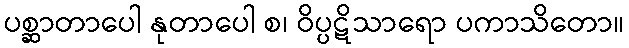
ပစ္ဆာတာပေါ နုတာပေါ စ၊ ဝိပ္ပဋိသာရော ပကာသိတော။